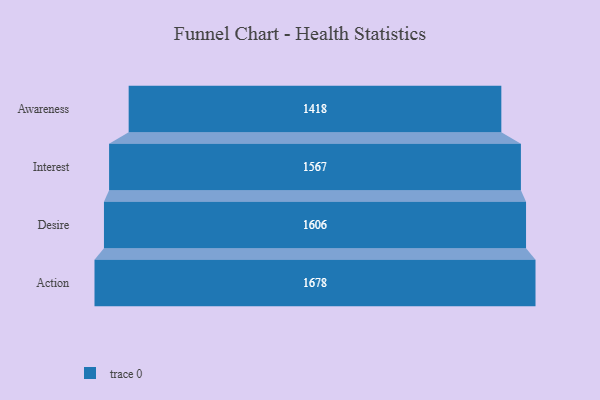
{"axis": {"x": "Stage", "y": "Value"}, "legend": [""], "data": [{"x": "Awareness", "y": 1418.0, "type": ""}, {"x": "Interest", "y": 1567.0, "type": ""}, {"x": "Desire", "y": 1606.0, "type": ""}, {"x": "Action", "y": 1678.0, "type": ""}]}